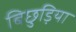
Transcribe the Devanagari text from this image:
बिछुड़िया